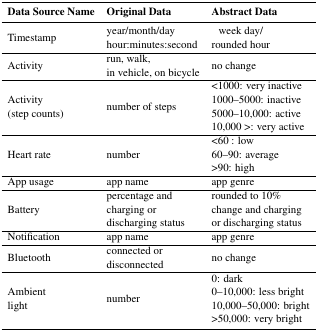
<table><thead><tr><td><b>Data SourceName</b></td><td><b>Original Data</b></td><td><b>Abstract Data</b></td></tr></thead><tbody><tr><td>Timestamp</td><td>year/month/dayhour:minutes:second</td><td>week day/rounded hour</td></tr><tr><td>Activity</td><td>run, walk,in vehicle, on bicycle</td><td>no change</td></tr><tr><td>Activity(step counts)</td><td>number of steps</td><td>&lt;1000: very inactive1000–5000: inactive5000–10,000: active10,000 &gt;: very active</td></tr><tr><td>Heart rate</td><td>number</td><td>&lt;60 : low60–90: average&gt;90: high</td></tr><tr><td>App usage</td><td>app name</td><td>app genre</td></tr><tr><td>Battery</td><td>percentage andcharging ordischarging status</td><td>rounded to 10%change and chargingor discharging status</td></tr><tr><td>Notification</td><td>app name</td><td>app genre</td></tr><tr><td>Bluetooth</td><td>connected ordisconnected</td><td>no change</td></tr><tr><td>Ambientlight</td><td>number</td><td>0: dark0–10,000: less bright10,000–50,000: bright&gt;50,000: very bright</td></tr></tbody></table>